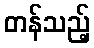
တန်သည့်